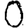
Digit: 0